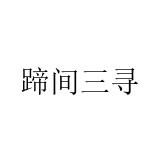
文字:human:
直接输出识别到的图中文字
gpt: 蹄间三寻